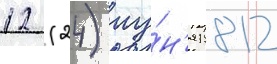
12 (24) иу́н'я 1812